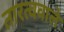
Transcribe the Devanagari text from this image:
तारत्ववाले